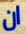
ان